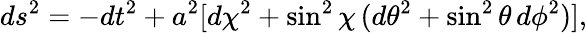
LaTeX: ds^{2}=-dt^{2}+a^{2}[d\chi^{2}+\sin^{2}\chi\, (d\theta^{2}+\sin^{2}\theta\, d\phi^{2})],